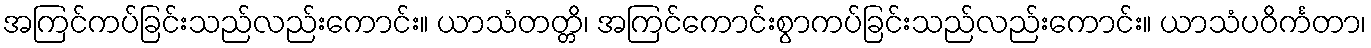
အကြင်ကပ်ခြင်းသည်လည်းကောင်း။ ယာသံတတ္တိ၊ အကြင်ကောင်းစွာကပ်ခြင်းသည်လည်းကောင်း။ ယာသံပဝိင်္ကတာ၊